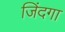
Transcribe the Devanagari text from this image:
जिंदगा